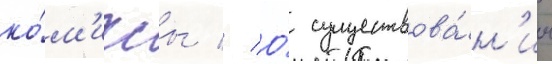
ко́м'иксы // О́ существова́н'ии